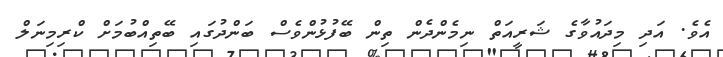
އެވެ. އަދި މިދައުވާގެ ޝަރީއަތް ނިމެންދެން ތިން ބޭފުޅުންވެސް ބަންދުގައި ބޭތިއްބުމަށް ކްރިމިނަލް